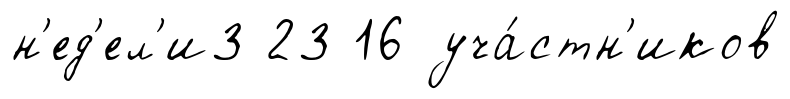
н'ед'ел'и3 23 16 уча́стн'иков